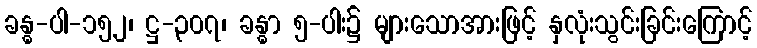
ခန္ဓ-ပါ-၁၅၂၊ ဋ္ဌ-၃၀၇၊ ခန္ဓာ ၅-ပါး၌ များသောအားဖြင့် နှလုံးသွင်းခြင်းကြောင့်